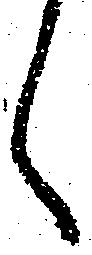
く